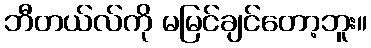
ဘီတယ်လ်ကို မမြင်ချင်တော့ဘူး။